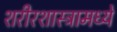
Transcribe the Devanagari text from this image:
शरीरशास्त्रामध्ये